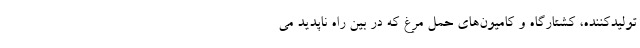
تولیدکننده، کشتارگاه و کامیون‌های حمل مرغ که در بین راه ناپدید می